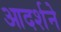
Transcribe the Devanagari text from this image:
आदर्शने